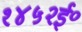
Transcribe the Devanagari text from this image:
१४५२ई॰